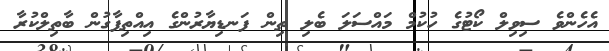
އެހެންވެ ސިވިލް ކޯޓުގެ ހުކުމް މައްސަލަ ބެލި ތިން ފަނޑިޔާރުންގެ އިއްތިފާގުން ބާތިލްކުރާ